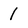
Character: 1